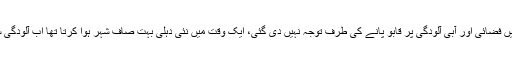
انہوں نے کہا کہ ماضی میں فضائی اور آبی آلودگی پر قابو پانے کی طرف توجہ نہیں دی گئی، ایک وقت میں نئی دہلی بہت صاف شہر ہوا کرتا تھا اب آلودگی سے بہت متاثر ہوچکا ہے۔